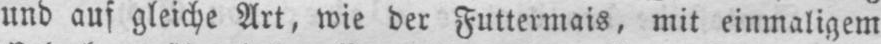
und auf gleiche Art, wie der Futtermais, mit einmaligem